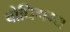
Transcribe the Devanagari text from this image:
बोधिगम्य